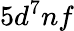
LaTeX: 5d^{7}nf